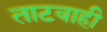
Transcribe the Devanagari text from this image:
ताटवाही